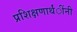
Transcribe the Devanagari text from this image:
प्रशिक्षणार्थंींनी